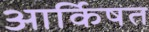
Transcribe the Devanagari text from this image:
आर्किषत